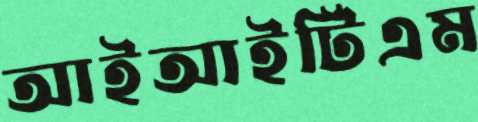
আইআইটিএম